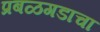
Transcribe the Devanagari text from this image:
प्रबळगडाचा